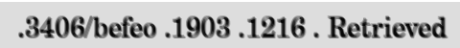
.3406/befeo .1903 .1216 . Retrieved